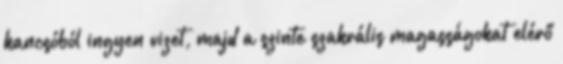
kancsóból ingyen vizet, majd a szinte szakrális magasságokat elérő